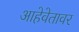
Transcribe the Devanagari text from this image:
आहेवेतावर